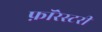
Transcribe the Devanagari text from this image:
फ़ॉरेस्टरी